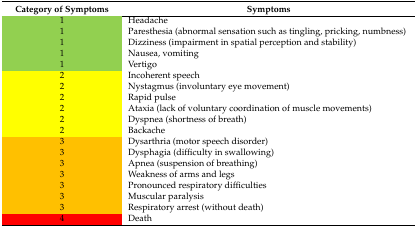
<table><thead><tr><td><b>Category of Symptoms</b></td><td><b>Symptoms</b></td></tr></thead><tbody><tr><td>1</td><td>Headache</td></tr><tr><td>1</td><td>Paresthesia (abnormal sensation such as tingling, pricking, numbness)</td></tr><tr><td>1</td><td>Dizziness (impairment in spatial perception and stability)</td></tr><tr><td>1</td><td>Nausea, vomiting</td></tr><tr><td>1</td><td>Vertigo </td></tr><tr><td>2</td><td>Incoherent speech</td></tr><tr><td>2</td><td>Nystagmus (involuntary eye movement)</td></tr><tr><td>2</td><td>Rapid pulse</td></tr><tr><td>2</td><td>Ataxia (lack of voluntary coordination of muscle movements)</td></tr><tr><td>2</td><td>Dyspnea (shortness of breath)</td></tr><tr><td>2</td><td>Backache</td></tr><tr><td>3</td><td>Dysarthria (motor speech disorder)</td></tr><tr><td>3</td><td>Dysphagia (difficulty in swallowing)</td></tr><tr><td>3</td><td>Apnea (suspension of breathing)</td></tr><tr><td>3</td><td>Weakness of arms and legs</td></tr><tr><td>3</td><td>Pronounced respiratory difficulties</td></tr><tr><td>3</td><td>Muscular paralysis</td></tr><tr><td>3</td><td>Respiratory arrest (without death)</td></tr><tr><td>4</td><td>Death</td></tr></tbody></table>